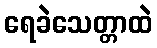
ရေခဲသေတ္တာထဲ